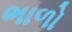
ભાળો